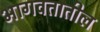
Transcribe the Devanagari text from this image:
भागवतातील